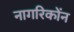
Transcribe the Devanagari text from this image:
नागरिकोंन